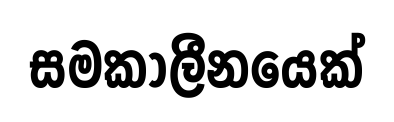
සමකාලීනයෙක්